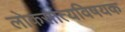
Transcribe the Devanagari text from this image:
लोकसात्यविषयक